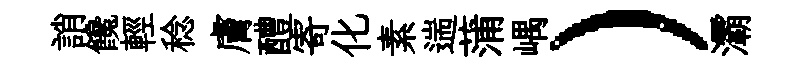
誚饞輕稔膚醴寄化素遄蒲嵎）灞